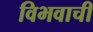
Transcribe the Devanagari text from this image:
विभवाची